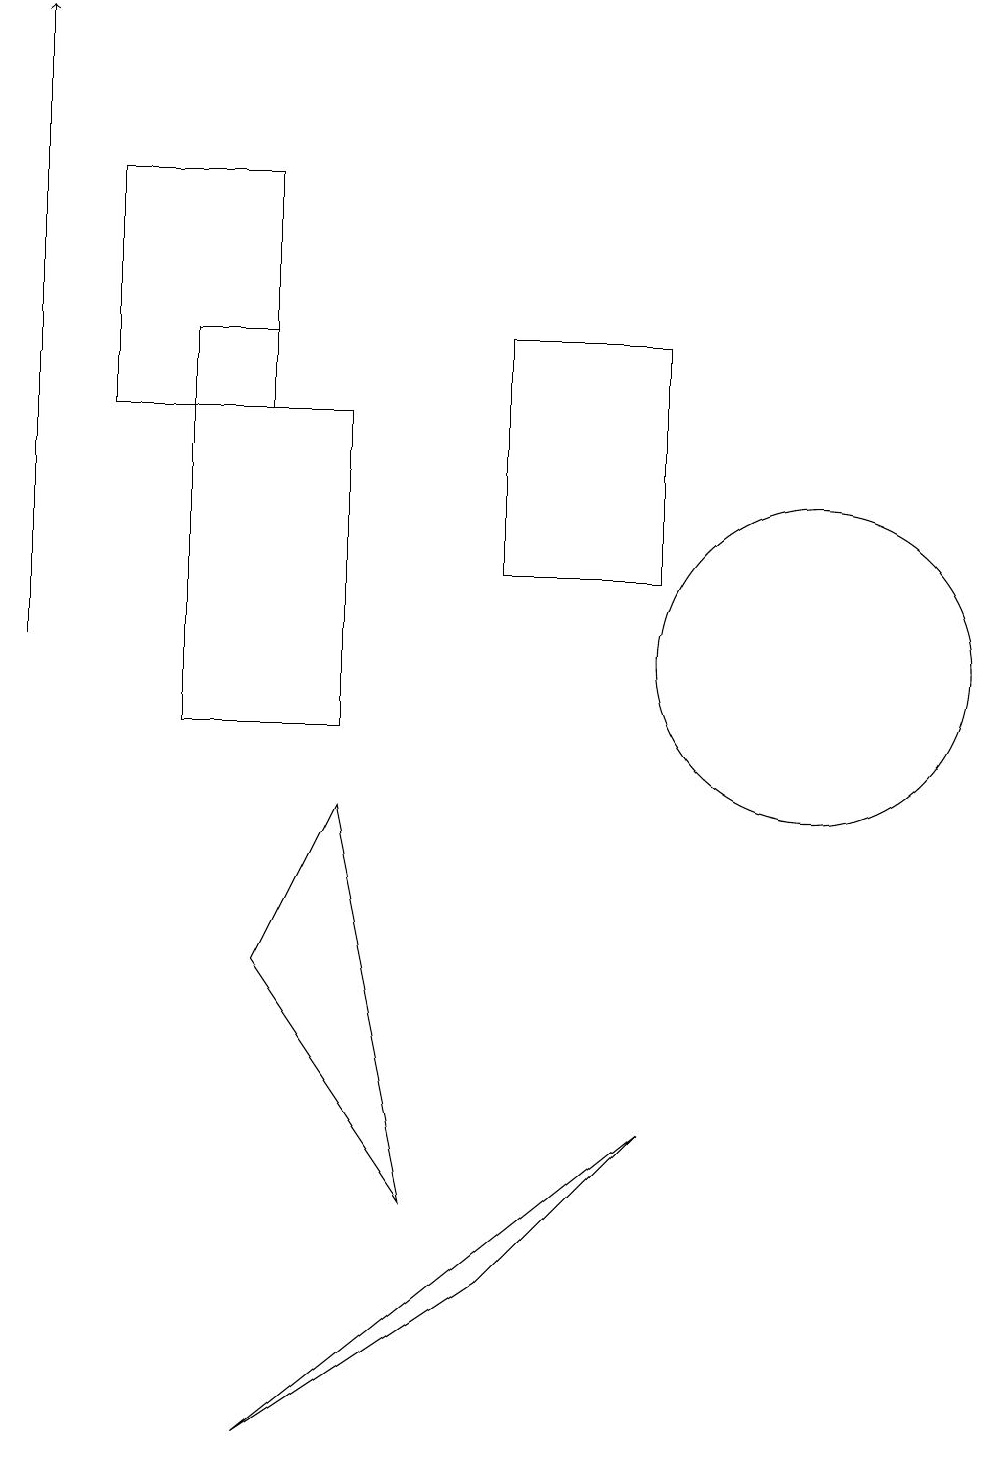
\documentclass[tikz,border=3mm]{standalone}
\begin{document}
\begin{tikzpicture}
\draw (3,14) rectangle (1,17);
\draw (5,4) -- (3,7) -- (4,9) -- cycle;
\draw (4,14) rectangle (2,10);
\draw[->] (0,11) -- (0,19);
\draw (8,5) -- (3,1) -- (6,3) -- cycle;
\draw (8,12) rectangle (6,15);
\draw (10,11) circle (2);
\draw (2,15) rectangle (3,14);
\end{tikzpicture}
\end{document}